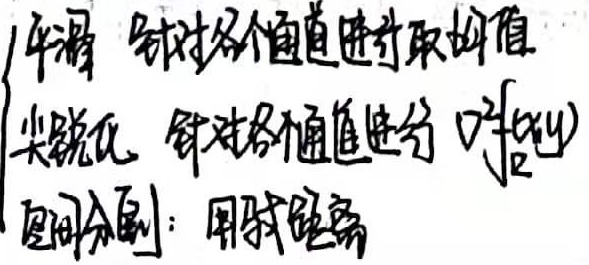
平滑：针对各个通道进行取均值。
尖锐化：针对各个通道进行 $\nabla^{2}f(x,y)$。
空间分割：用欧距离。